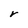
Character: r